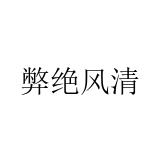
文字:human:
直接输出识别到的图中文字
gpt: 弊绝风清